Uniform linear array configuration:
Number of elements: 8
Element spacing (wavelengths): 0.75
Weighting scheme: hamming
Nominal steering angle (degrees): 45
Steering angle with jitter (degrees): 44.498
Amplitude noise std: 0.05
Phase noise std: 0.05

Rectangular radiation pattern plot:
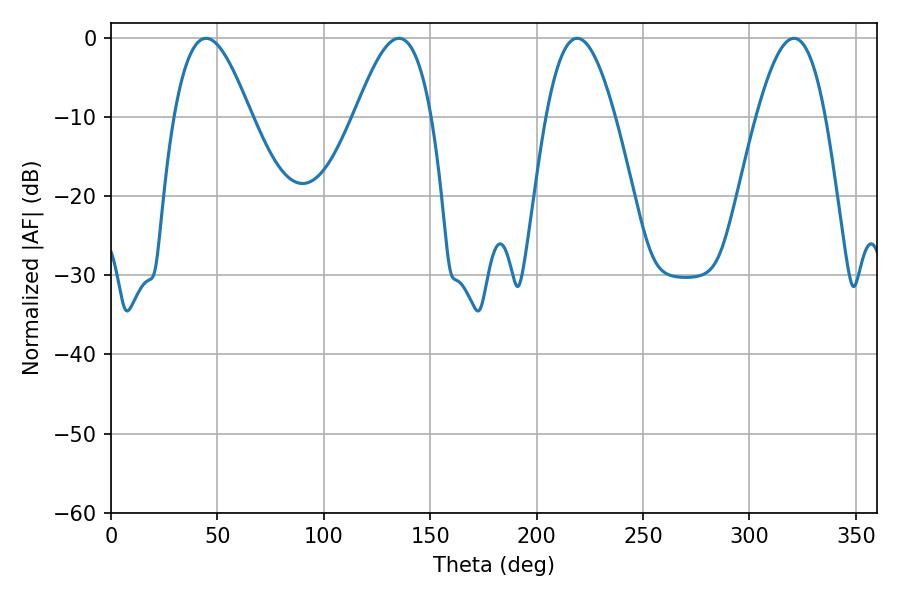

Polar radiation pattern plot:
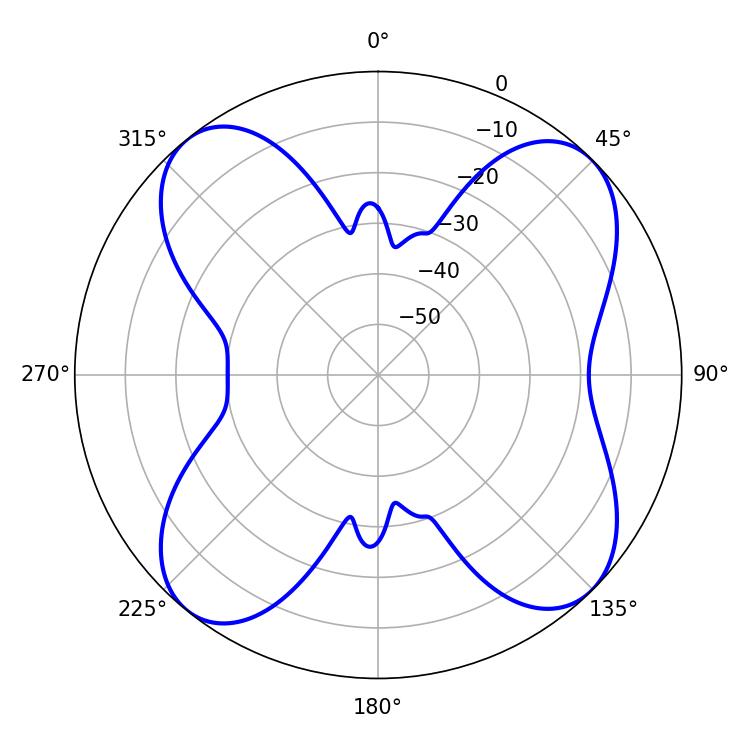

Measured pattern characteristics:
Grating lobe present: TRUE
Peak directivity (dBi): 12.21
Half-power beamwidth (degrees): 17.64
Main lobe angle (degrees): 219.06